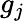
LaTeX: g_{j}